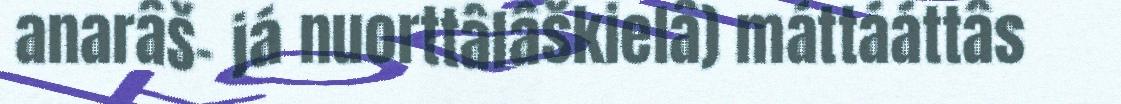
anarâš- já nuorttâlâškielâ) máttááttâs